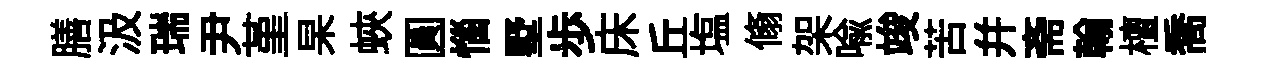
膳汲瑞尹堇杲蛺圓惱墅歩床丘塩翛架喩竣苦幷斋翰檀喬